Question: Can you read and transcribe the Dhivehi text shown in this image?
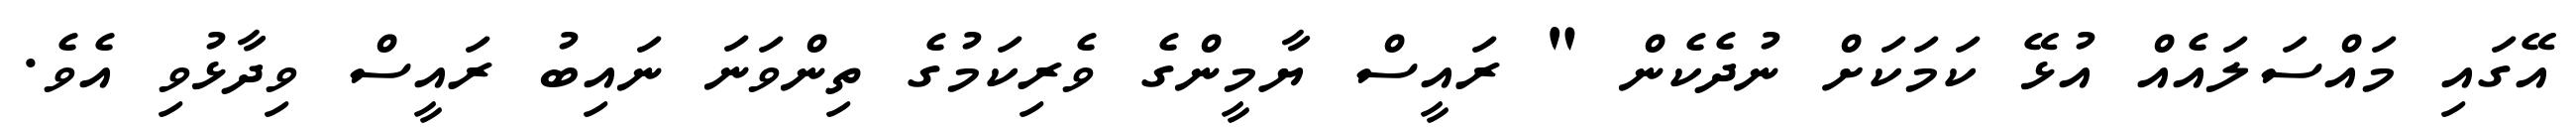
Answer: އޭގައި މައްސަލައެއް އުޅޭ ކަމަކަށް ނުދެކެން " ރައީސް ޔާމީންގެ ވެރިކަމުގެ ތިންވަނަ ނައިބު ރައީސް ވިދާޅުވި އެވެ.